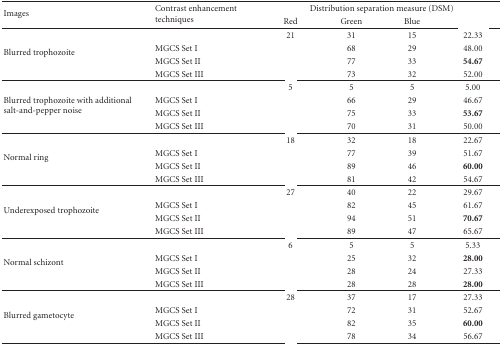
<table><thead><tr><td rowspan="2"><b>Images</b></td><td rowspan="2"><b>Contrast enhancement techniques</b></td><td colspan="4"><b>Distribution separation measure (DSM)</b></td></tr><tr><td><b>Red</b></td><td><b>Green</b></td><td><b>Blue</b></td><td>[EMPTY_CELL]</td></tr></thead><tbody><tr><td rowspan="4">Blurred trophozoite</td><td>[EMPTY_CELL]</td><td>21</td><td>31</td><td>15</td><td>22.33</td></tr><tr><td>MGCS Set I</td><td>[EMPTY_CELL]</td><td>68</td><td>29</td><td>48.00</td></tr><tr><td>MGCS Set II</td><td>[EMPTY_CELL]</td><td>77</td><td>33</td><td><b>54.67</b></td></tr><tr><td>MGCS Set III</td><td>[EMPTY_CELL]</td><td>73</td><td>32</td><td>52.00</td></tr><tr><td rowspan="4">Blurred trophozoite with additional salt-and-pepper noise</td><td>[EMPTY_CELL]</td><td>5</td><td>5</td><td>5</td><td>5.00</td></tr><tr><td>MGCS Set I</td><td>[EMPTY_CELL]</td><td>66</td><td>29</td><td>46.67</td></tr><tr><td>MGCS Set II</td><td>[EMPTY_CELL]</td><td>75</td><td>33</td><td><b>53.67</b></td></tr><tr><td>MGCS Set III</td><td>[EMPTY_CELL]</td><td>70</td><td>31</td><td>50.00</td></tr><tr><td rowspan="4">Normal ring</td><td>[EMPTY_CELL]</td><td>18</td><td>32</td><td>18</td><td>22.67</td></tr><tr><td>MGCS Set I</td><td>[EMPTY_CELL]</td><td>77</td><td>39</td><td>51.67</td></tr><tr><td>MGCS Set II</td><td>[EMPTY_CELL]</td><td>89</td><td>46</td><td><b>60.00</b></td></tr><tr><td>MGCS Set III</td><td>[EMPTY_CELL]</td><td>81</td><td>42</td><td>54.67</td></tr><tr><td rowspan="4">Underexposed trophozoite</td><td>[EMPTY_CELL]</td><td>27</td><td>40</td><td>22</td><td>29.67</td></tr><tr><td>MGCS Set I</td><td>[EMPTY_CELL]</td><td>82</td><td>45</td><td>61.67</td></tr><tr><td>MGCS Set II</td><td>[EMPTY_CELL]</td><td>94</td><td>51</td><td><b>70.67</b></td></tr><tr><td>MGCS Set III</td><td>[EMPTY_CELL]</td><td>89</td><td>47</td><td>65.67</td></tr><tr><td rowspan="4">Normal schizont</td><td>[EMPTY_CELL]</td><td>6</td><td>5</td><td>5</td><td>5.33</td></tr><tr><td>MGCS Set I</td><td>[EMPTY_CELL]</td><td>25</td><td>32</td><td><b>28.00</b></td></tr><tr><td>MGCS Set II</td><td>[EMPTY_CELL]</td><td>28</td><td>24</td><td>27.33</td></tr><tr><td>MGCS Set III</td><td>[EMPTY_CELL]</td><td>28</td><td>28</td><td><b>28.00</b></td></tr><tr><td rowspan="4">Blurred gametocyte</td><td>[EMPTY_CELL]</td><td>28</td><td>37</td><td>17</td><td>27.33</td></tr><tr><td>MGCS Set I</td><td>[EMPTY_CELL]</td><td>72</td><td>31</td><td>52.67</td></tr><tr><td>MGCS Set II</td><td>[EMPTY_CELL]</td><td>82</td><td>35</td><td><b>60.00</b></td></tr><tr><td>MGCS Set III</td><td>[EMPTY_CELL]</td><td>78</td><td>34</td><td>56.67</td></tr></tbody></table>